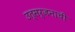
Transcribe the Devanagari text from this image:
उत्सर्जनाची